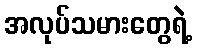
အလုပ်သမားတွေရဲ့